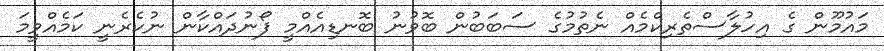
މައުމޫން ގެ އިހުލާސްތެރިކްމެއް ނެތުމުގެ ސަބަބުން ބޮވުނު ބޮނޑިއެއްމީ ފޯނުދައްކާން ނުކެރެނީ ކަމެއްވީމަ